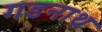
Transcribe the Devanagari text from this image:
गडनाथ